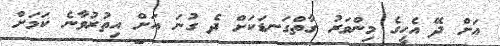
އަށް ދޭ އެހީގެ މިންވަރު ގާތްގަނޑަކަށް ދެ ގުނަ އަށް އިތުރުވާނެ ކަމަށް